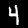
Label: 4